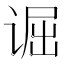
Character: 𫍮